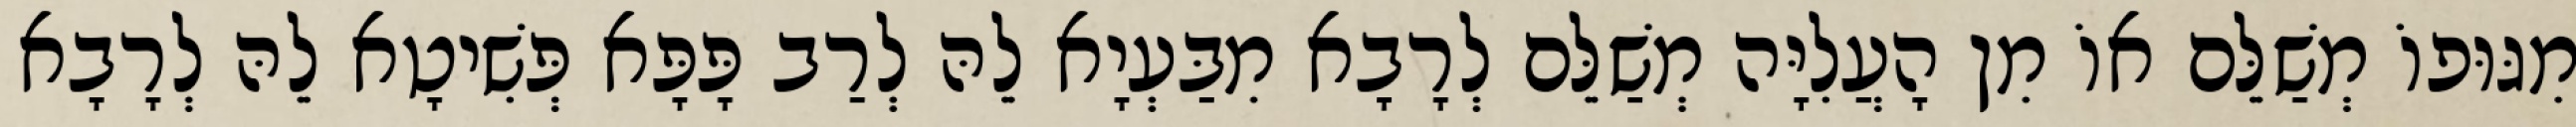
מִגּוּפוֹ מְשַׁלֵּם אוֹ מִן הָעֲלִיָּה מְשַׁלֵּם לְרָבָא מִבַּעְיָא לֵהּ לְרַב פָּפָּא פְּשִׁיטָא לֵהּ לְרָבָא